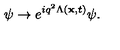
\psi \rightarrow e ^ { i q ^ { 2 } \Lambda ( { \bf x } , t ) } \psi .